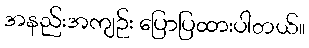
အနည်းအကျဉ်း ပြောပြထားပါတယ်။